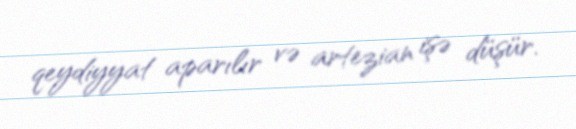
qeydiyyat aparılır və artezian işə düşür.